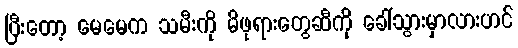
ပြီးတော့ မေမေက သမီးကို မိဖုရားတွေဆီကို ခေါ်သွားမှာလားဟင်